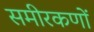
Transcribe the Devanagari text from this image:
समीरकणों